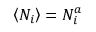
\left\langle N _ { i } \right\rangle = N _ { i } ^ { a }